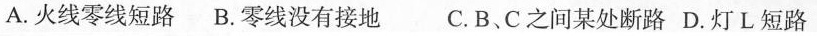
A.火线零线短路 B.零线没有接地 C.B、C之间某处断路 D.灯L短路